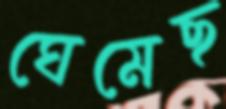
ঘেমেছ